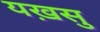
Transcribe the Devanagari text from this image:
यख़सु